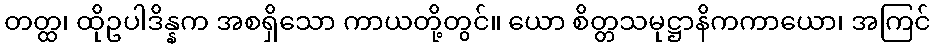
တတ္ထ၊ ထိုဥပါဒိန္နက အစရှိသော ကာယတို့တွင်။ ယော စိတ္တသမုဋ္ဌာနိကကာယော၊ အကြင်